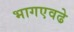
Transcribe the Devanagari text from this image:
भागएवढे